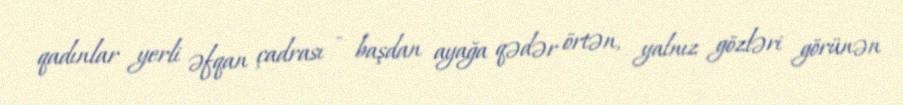
qadınlar yerli əfqan çadrası - başdan ayağa qədər örtən, yalnız gözləri görünən